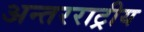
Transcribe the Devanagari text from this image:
अन्तरराट्रीय